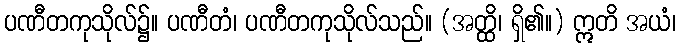
ပဏီတကုသိုလ်၌။ ပဏီတံ၊ ပဏီတကုသိုလ်သည်။ (အတ္ထိ၊ ရှိ၏။) ဣတိ အယံ၊